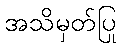
အသိမှတ်ပြု